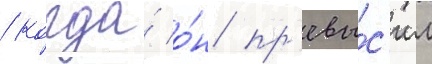
/ когда́ о́н пр'евы́с'ил